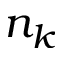
n _ { k }